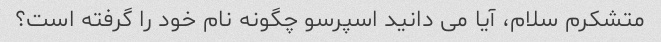
متشکرم سلام، آیا می دانید اسپرسو چگونه نام خود را گرفته است؟